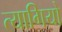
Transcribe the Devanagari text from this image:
त्‍यागियो